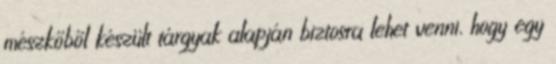
mészkőből készült tárgyak alapján biztosra lehet venni, hogy egy